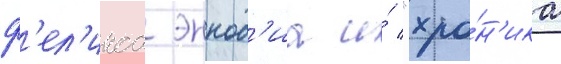
ф'ел'икса эннод'иа и́ "хро́н'ика